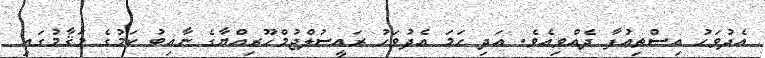
އެދުވަހު އިސްތިޢުފާ ދެއްވިއެވެ. އަދި ހަމަ އެދުވަހު ރައީސުލްޖުމްހޫރިއްޔާގެ ނާއިބު ކަމުގެ މަޤާމުގައި